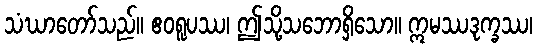
သံဃာတော်သည်။ ဧဝရူပဿ၊ ဤသို့သဘောရှိသော။ ဣမဿဒုက္ခဿ၊